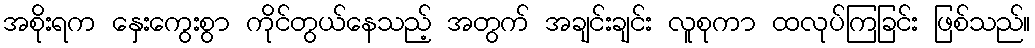
အစိုးရက နှေးကွေးစွာ ကိုင်တွယ်နေသည့် အတွက် အချင်းချင်း လူစုကာ ထလုပ်ကြခြင်း ဖြစ်သည်။